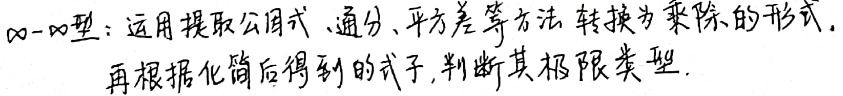
\(\infty - \infty\)型：运用提取公因式、通分、平方差等方法，转换为乘除的形式。再根据化简后得到的式子，判断其极限类型。